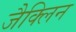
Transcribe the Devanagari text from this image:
जैक्लिन